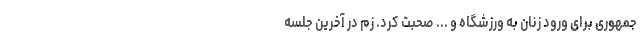
جمهوری برای ورود زنان به ورزشگاه و ... صحبت کرد. زم در آخرین جلسه